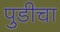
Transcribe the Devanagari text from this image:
पुडीचा